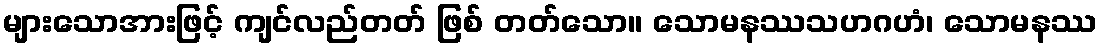
များသောအားဖြင့် ကျင်လည်တတ် ဖြစ် တတ်သော။ သောမနဿသဟဂဟံ၊ သောမနဿ